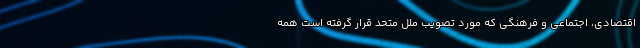
اقتصادی، اجتماعی و فرهنگی که مورد تصویب ملل متحد قرار گرفته است همه